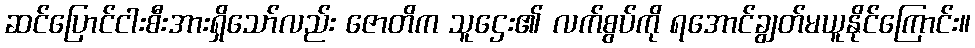
ဆင်ပြောင်ငါးစီးအားရှိသော်လည်း ဇောတိက သူဌေး၏ လက်စွပ်ကို ရအောင်ချွတ်မယူနိုင်ကြောင်း။